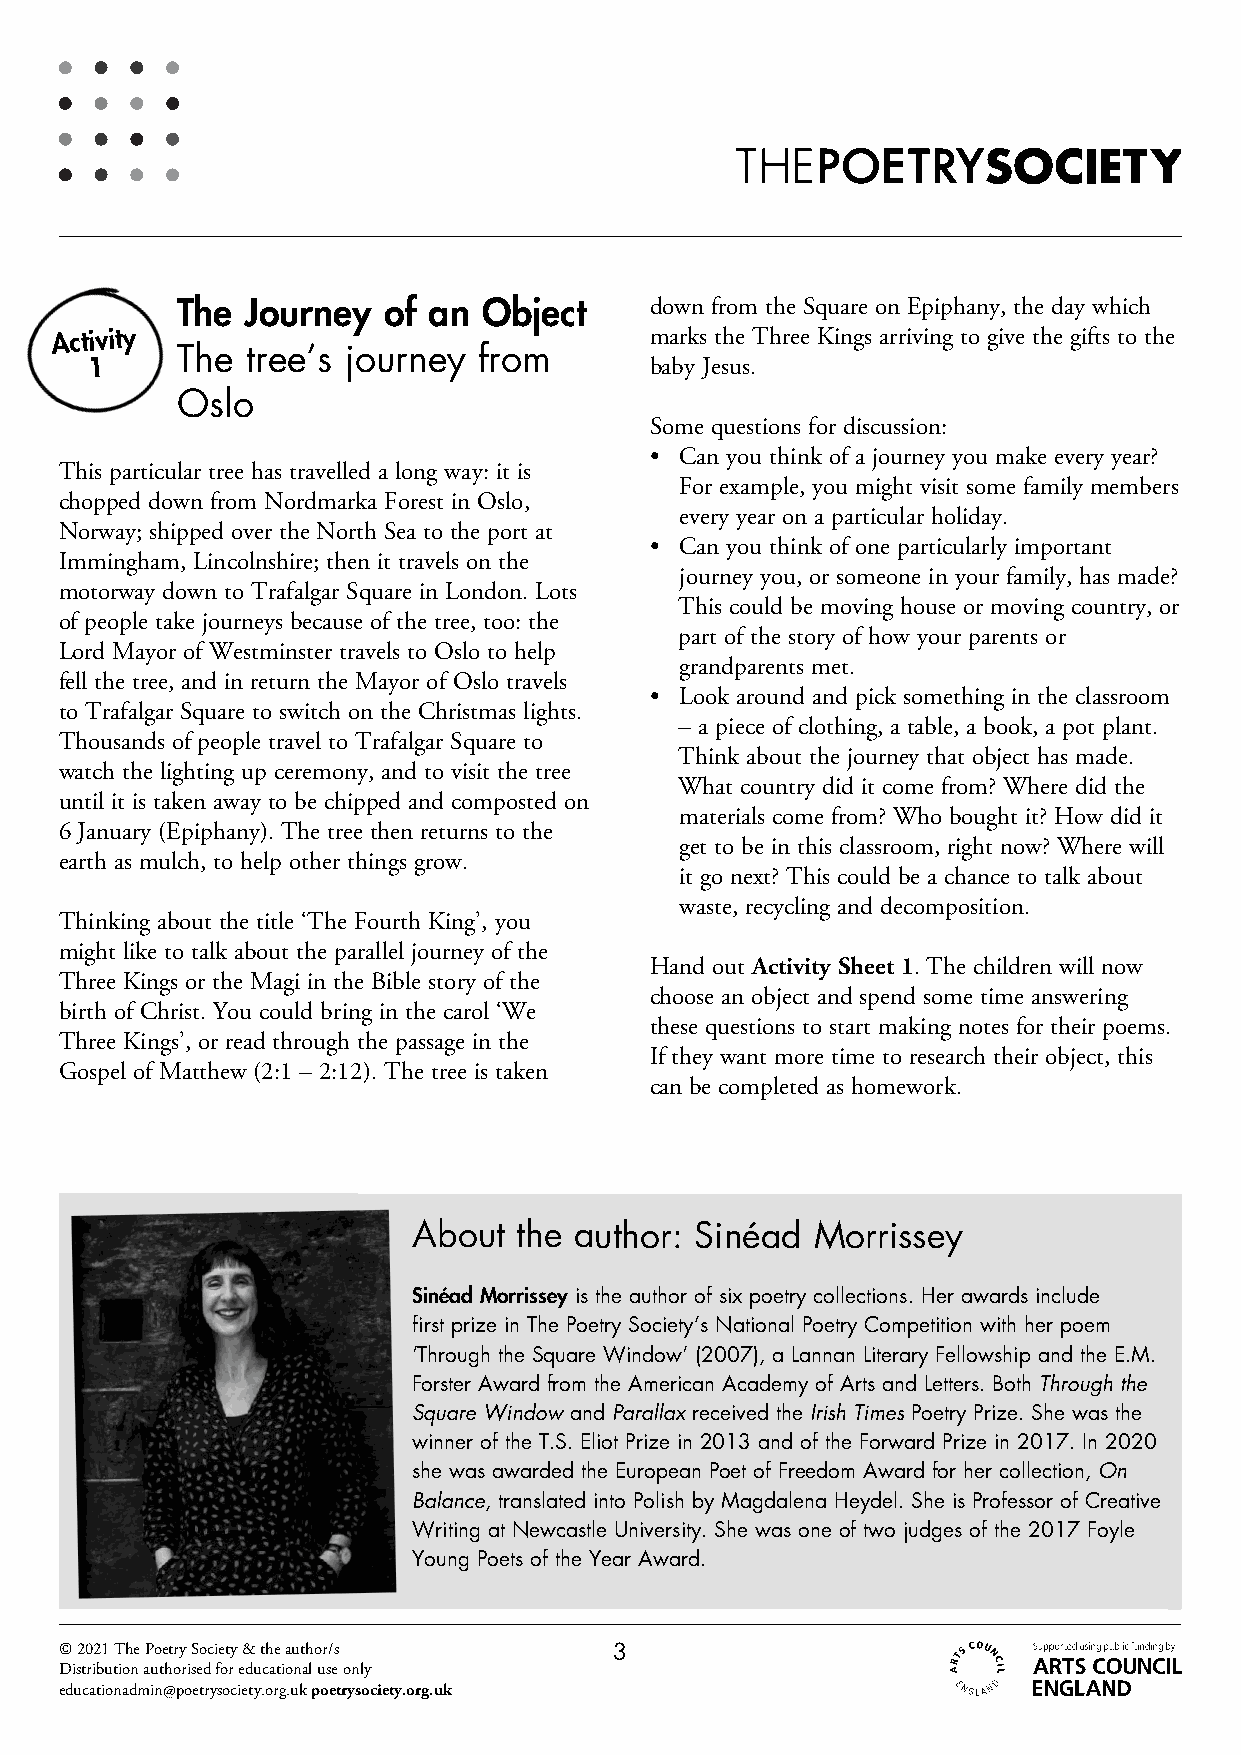
The Journey  of an  Object     down from the Square on Epiphany, the day which
 Activity                                marks the Three Kings arriving to give the gifts to the
 The tree’s journey  from
 1                                    baby Jesus.
 Oslo
 Some questions for discussion:
 • Can you think of a journey you make every year?
 This particular tree has travelled a long way: it is
 For example, you might visit some family members
 chopped down from Nordmarka Forest in Oslo,
 every year on a particular holiday.
 Norway; shipped over the North Sea to the port at
 • Can you think of one particularly important
 Immingham, Lincolnshire; then it travels on the
 journey you, or someone in your family, has made?
 motorway down to Trafalgar Square in London. Lots
 This could be moving house or moving country, or
 of people take journeys because of the tree, too: the
 part of the story of how your parents or
 Lord Mayor of Westminster travels to Oslo to help
 grandparents met.
 fell the tree, and in return the Mayor of Oslo travels
 • Look around and pick something in the classroom
 to Trafalgar Square to switch on the Christmas lights.
 – a piece of clothing, a table, a book, a pot plant.
 Thousands of people travel to Trafalgar Square to
 Think about the journey that object has made.
 watch the lighting up ceremony, and to visit the tree
 What country did it come from? Where did the
 until it is taken away to be chipped and composted on
 materials come from? Who bought it? How did it
 6 January (Epiphany). The tree then returns to the
 get to be in this classroom, right now? Where will
 earth as mulch, to help other things grow.
 it go next? This could be a chance to talk about
 waste, recycling and decomposition.
 Thinking about the title ‘The Fourth King’, you
 might like to talk about the parallel journey of the
 Hand out Activity Sheet 1. The children will now
 Three Kings or the Magi in the Bible story of the
 choose an object and spend some time answering
 birth of Christ. You could bring in the carol ‘We
 these questions to start making notes for their poems.
 Three Kings’, or read through the passage in the
 If they want more time to research their object, this
 Gospel of Matthew (2:1 – 2:12). The tree is taken
 can be completed as homework.
 About  the author: Sinéad  Morrissey
 Sinéad Morrissey is the author of six poetry collections. Her awards include
 first prize in The Poetry Society’s National Poetry Competition with her poem
 ‘Through the Square Window‘ (2007), a Lannan Literary Fellowship and the E.M.
 Forster Award from the American Academy of Arts and Letters. Both Through the
 Square Window and Parallax received the Irish Times Poetry Prize. She was the
 winner of the T.S. Eliot Prize in 2013 and of the Forward Prize in 2017. In 2020
 she was awarded the European Poet of Freedom Award for her collection, On
 Balance, translated into Polish by Magdalena Heydel. She is Professor of Creative
 Writing at Newcastle University. She was one of two judges of the 2017 Foyle
 Young Poets of the Year Award.
 © 2021 The Poetry Society & the author/s 3
 Distribution authorised for educational use only
 educationadmin@poetrysociety.org.uk poetrysociety.org.uk